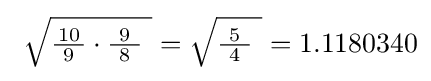
\ {\sqrt {{\tfrac {10}{\ 9\ }}\cdot {\tfrac {\ 9\ }{8}}\ }}={\sqrt {{\tfrac {\ 5\ }{4}}\ }}=1.1180340